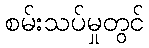
စမ်းသပ်မှုတွင်